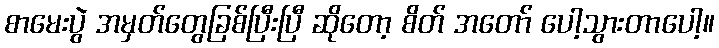
စာမေးပွဲ အမှတ်တွေခြစ်ပြီးပြီ ဆိုတော့ စိတ် အတော် ပေါ့သွားတာပေါ့။